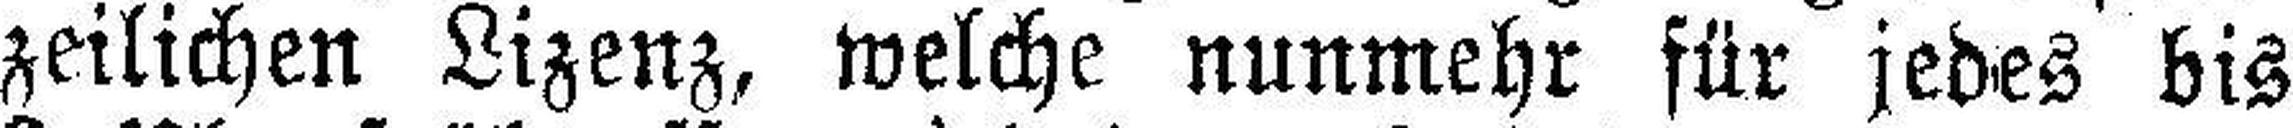
zeilichen Lizenz, welche nunmehr für jedes bis